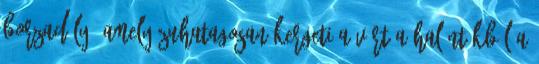
borzadály, amely zuhatagosan kergeti a vért a halántékból a